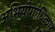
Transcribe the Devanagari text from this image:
अभियोगाधिकार